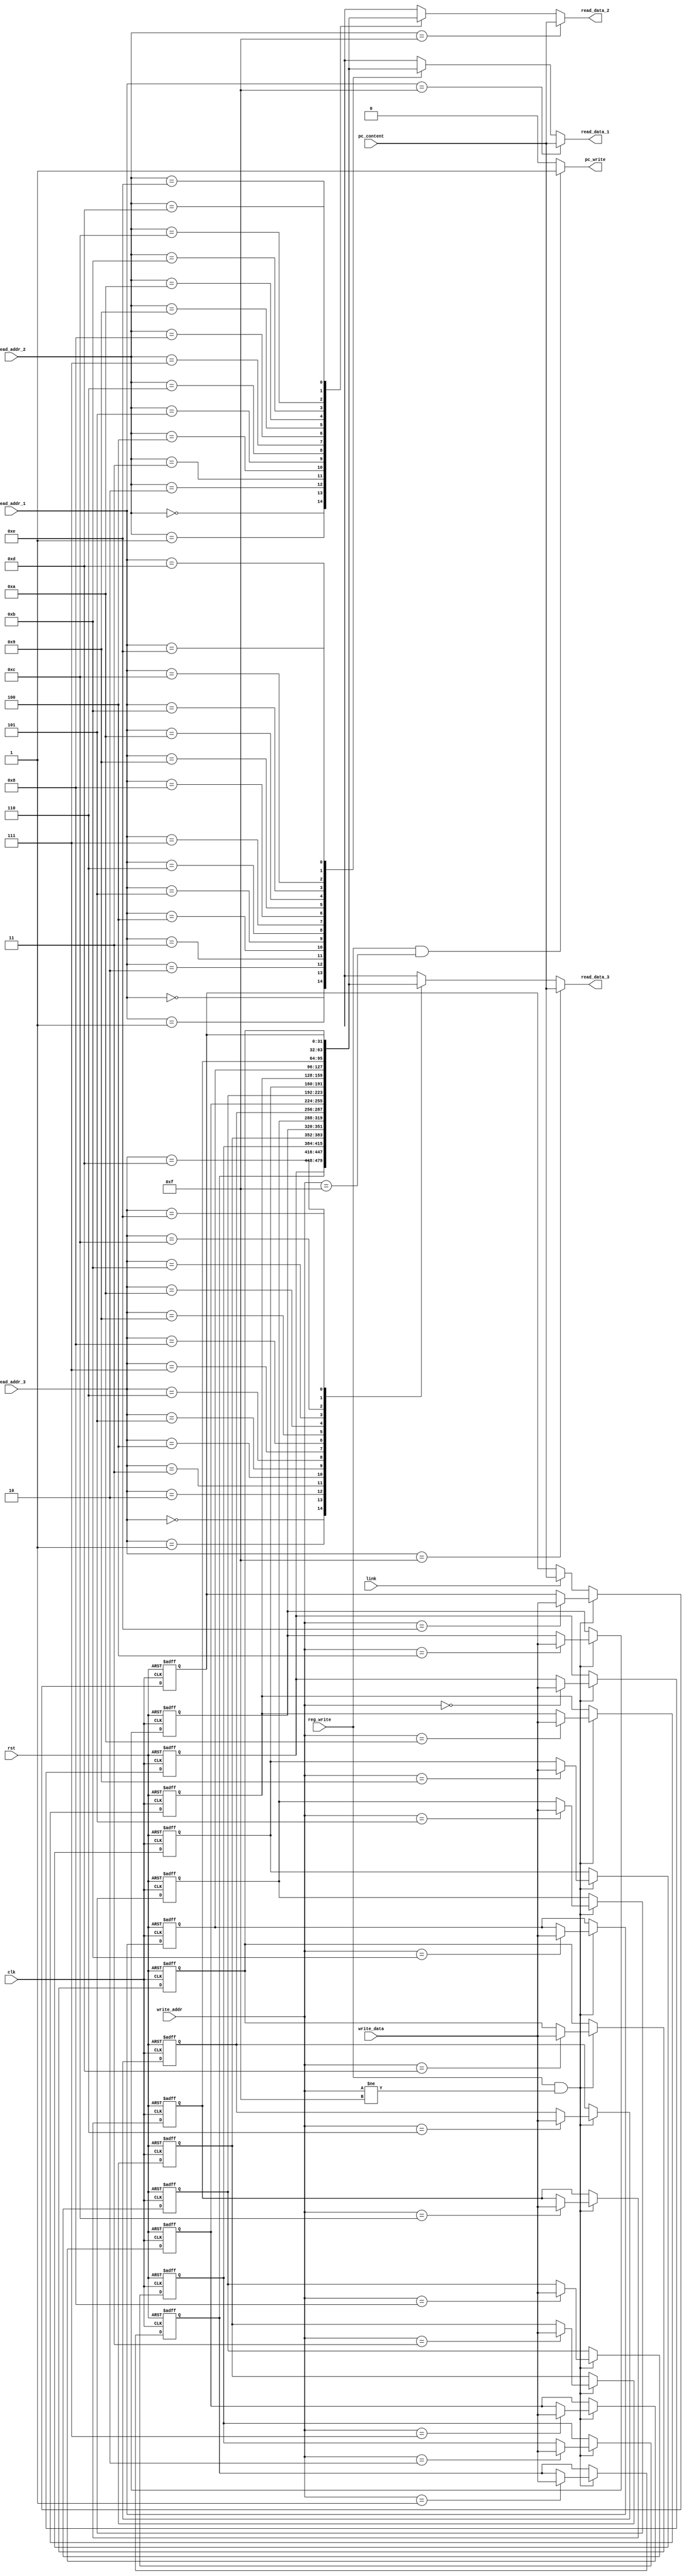
`timescale 1ns / 1ps
//////////////////////////////////////////////////////////////////////////////////
// Company: 
// Engineer: 
// 
// Design Name: 
// Module Name:    regitser_file 
// Project Name: 
// Target Devices: 
// Tool versions: 
// Description: 
//
// Dependencies: 
//
// Revision: 
// Revision 0.01 - File Created
// Additional Comments: 
//
//////////////////////////////////////////////////////////////////////////////////
module regitser_file(clk,rst,write_data,reg_write,link,write_addr,read_addr_1,read_addr_2,read_addr_3,pc_content,
							read_data_1,read_data_2,read_data_3,pc_write );
	input clk,rst,reg_write,link;
	input [3:0]read_addr_1, read_addr_2, read_addr_3, write_addr;
	input [31:0]write_data, pc_content;
	output pc_write;
	output [31:0]read_data_1, read_data_2, read_data_3;

	parameter REG_NUM = 15;
	
	//wire
	reg	[31:0]read_data_1, read_data_2, read_data_3;
	reg	pc_write;

	//register
	reg [31:0] reg_id[REG_NUM-1:0];
	
	//int
	integer i;
	
	always@(*)
		if(read_addr_1 == 4'b1111)
			read_data_1 = pc_content;
		else
			read_data_1 = reg_id[read_addr_1];

	always@(*)
		if(read_addr_3 == 4'b1111)
			read_data_3 = pc_content;
		else
			read_data_3 = reg_id[read_addr_3];
	
	
	always@(*)
		if(read_addr_2 == 4'b1111)
			read_data_2 = pc_content;
		else
			read_data_2 = reg_id[read_addr_2];
	
	always@(posedge clk or posedge rst)
	begin
		if( rst == 1'b1 )
			for( i=0 ; i<REG_NUM ; i=i+1)
				reg_id[i]=32'd0;
		else	if( reg_write == 1'b1 && write_addr != 4'b1111)
				reg_id[write_addr]=write_data;
		else	if( link == 1'b1 )
				reg_id[14]=pc_content;
		end
		
	always@(*)
	begin
		if( reg_write == 1'b1 && write_addr == 4'b1111 )
			pc_write = 1'b1;
		else	
			pc_write = 1'b0;
	end
	
endmodule